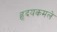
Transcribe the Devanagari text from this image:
हृदयकमले